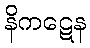
နိကဋေန